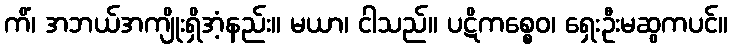
ကိံ၊ အဘယ်အကျိုးရှိအံ့နည်း။ မယာ၊ ငါသည်။ ပဋိကစ္စေဝ၊ ရှေးဦးမဆွကပင်။